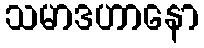
သမာဒဟာနော